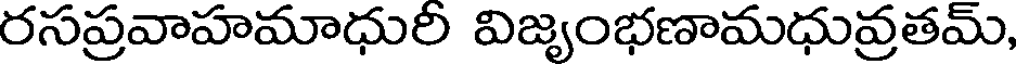
రసప్రవాహమాధురి విజృంభణామధువ్రతమ్,